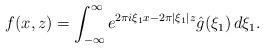
LaTeX: \begin{align*}f(x,z)= \int_{-\infty}^{\infty}e^{2\pi i \xi_{1}x-2\pi |\xi_{1}|z}\hat{g}(\xi_{1})\, d\xi_{1}.\end{align*}